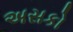
અસકો